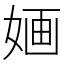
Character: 婳